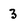
Character: 3